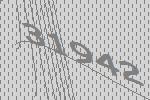
31942